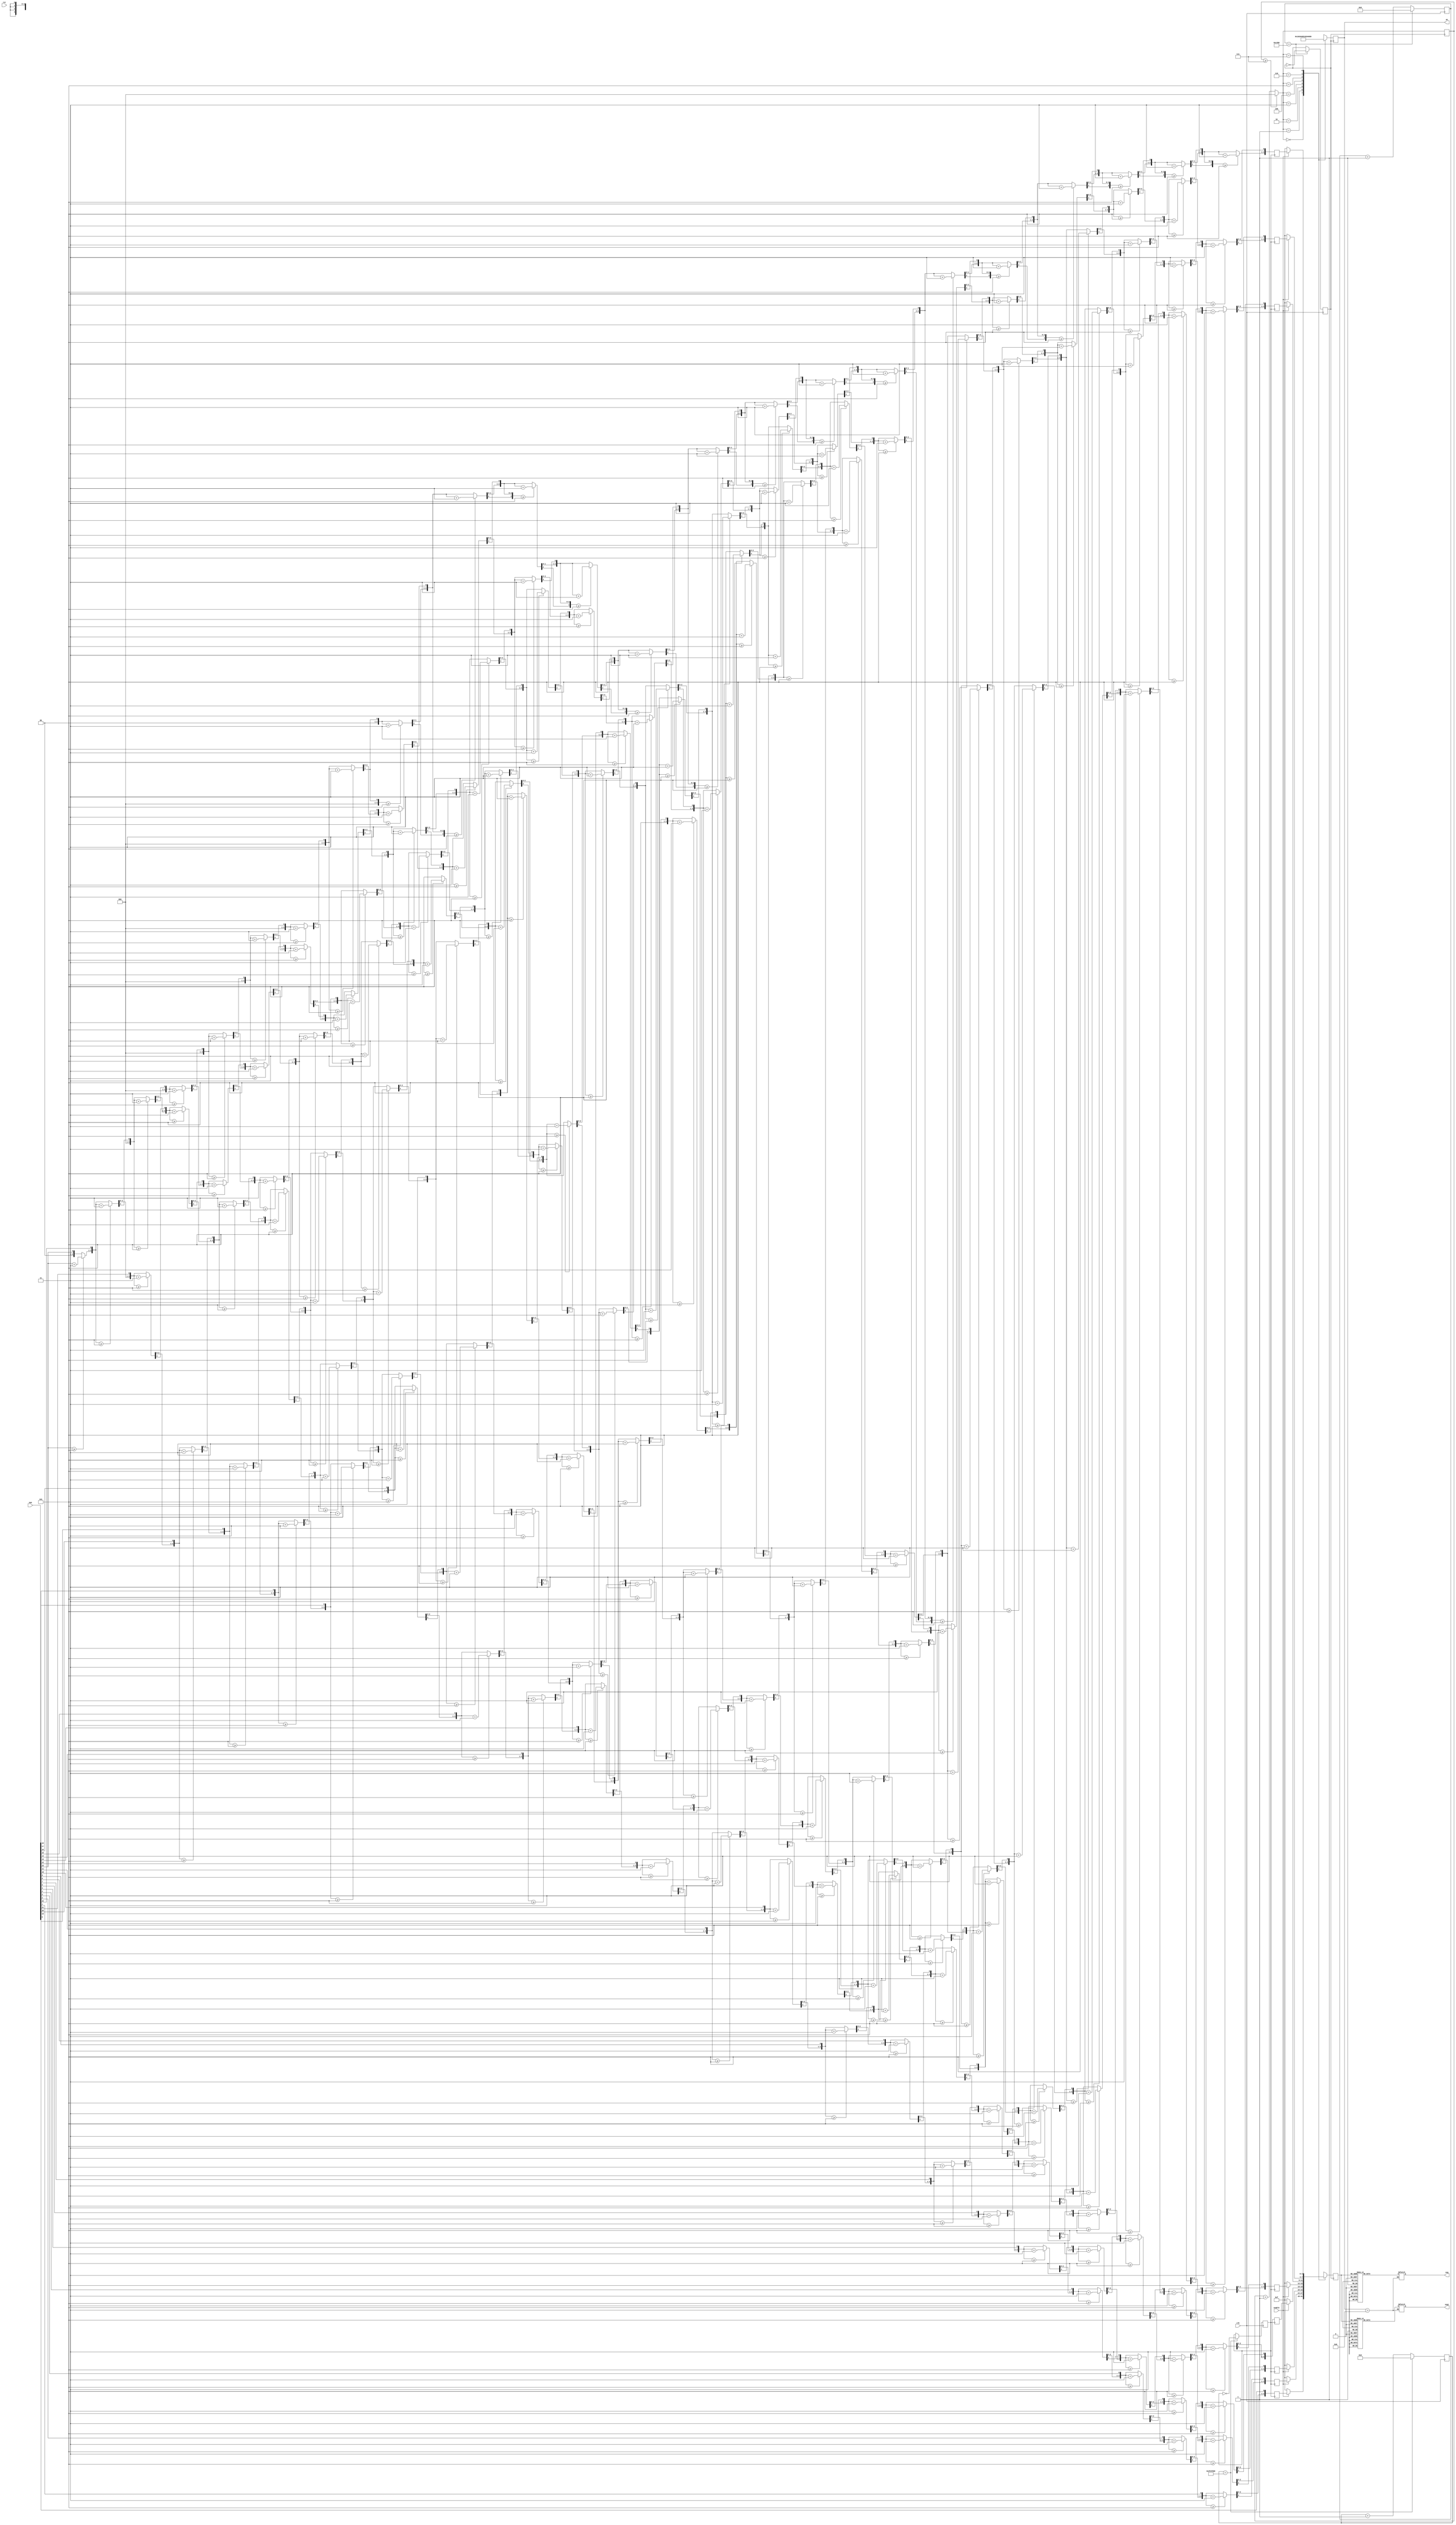
`timescale 1ns/1ps
module segDriver(
    input clk,
    input rst,
    input enable,
    input[23:0] num,
    output reg[7:0] seg,
    output reg[7:0] seg1,
    output reg[7:0] an
);
// driver of the segtube
    parameter maxcnt = 50000;
    reg[29:0] cntclk_cnt = 0;
    reg cntclk = 0;
    parameter maxclk = 30'd50000000;
   
    reg[18:0] divclk_cnt = 0;
    reg divclk = 0;
    reg[3:0] disp_dat = 0;
    reg[2:0] disp_bit = 0;
    reg[3:0] res1 = 0;
    reg[3:0] res2 = 0;
    reg[3:0] res3 = 0;
    reg[3:0] res4 = 0;
    reg[3:0] res5 = 0;
    reg[3:0] res6 = 0;
    reg[3:0] res7 = 0;
    reg[3:0] res8 = 0;
    integer i;
    always @(posedge cntclk) begin
        res1 = 0;
        res2 = 0;
        res3 = 0;
        res4 = 0;
        res5 = 0;
        res6 = 0;
        res7 = 0;
        res8 = 0;
        for (i = 23; i >= 0; i = i - 1) begin
            if (res1 >= 4'd5) res1 = res1 + 4'd3;
            if (res2 >= 4'd5) res2 = res2 + 4'd3;
            if (res3 >= 4'd5) res3 = res3 + 4'd3;
            if (res4 >= 4'd5) res4 = res4 + 4'd3;
            if (res5 >= 4'd5) res5 = res5 + 4'd3;
            if (res6 >= 4'd5) res6 = res6 + 4'd3;
            if (res7 >= 4'd5) res7 = res7 + 4'd3;
            if (res8 >= 4'd5) res8 = res8 + 4'd3;
            res8 = {res8[2:0],res7[3]};
            res7 = {res7[2:0], res6[3]};
            res6 = {res6[2:0], res5[3]};
            res5 = {res5[2:0], res4[3]};
            res4 = {res4[2:0], res3[3]};
            res3 = {res3[2:0], res2[3]};
            res2 = {res2[2:0], res1[3]};
            res1 = {res1[2:0], num[i]};
        end
    end
    
    
    always @(posedge clk) begin
        if (divclk_cnt == maxcnt) begin
            divclk = ~divclk;
            divclk_cnt = 0;
        end
        else divclk_cnt = divclk_cnt + 1'b1;
        if (cntclk_cnt == maxclk) begin
            cntclk = ~cntclk;
            cntclk_cnt = 0;
        end
        else cntclk_cnt = cntclk_cnt + 1'b1;
    end
    
    
    always @(posedge divclk) begin
        disp_bit = (disp_bit >= 7) ? 1'b0 : disp_bit + 1'b1;
        case (disp_bit)
            3'b000: begin
                disp_dat = (enable == 1'b0) ? 4'hf : res1;
                an = 8'b00000001;
            end
            3'b001: begin
                disp_dat = (enable == 1'b0) ? 4'hf : res2;
                an = 8'b00000010;
            end
            3'b010: begin
                disp_dat = (enable == 1'b0) ? 4'hf : res3;
                an = 8'b00000100;
            end
            3'b011: begin
                disp_dat = (enable == 1'b0) ? 4'hf : res4;
                an = 8'b00001000;
            end
            3'b100: begin
                disp_dat = (enable == 1'b0) ? 4'hf : res5;
                an = 8'b00010000;
            end
            3'b101: begin
                disp_dat = (enable == 1'b0) ? 4'hf : res6;
                an = 8'b00100000;
            end
            3'b110: begin
                disp_dat = (enable == 1'b0) ? 4'hf : res7;
                an = 8'b01000000;
            end
            3'b111: begin
                disp_dat = (enable == 1'b0) ? 4'hf : res8;
                an = 8'b10000000;
            end
            default: begin
                disp_dat = 0;
                an = 8'b00000000;
            end
        endcase
    end
    always @(disp_dat) begin
        if (an > 8'b00001000) begin
            case (disp_dat)
                4'h0 : seg = 8'hfc;
                4'h1 : seg = 8'h60;
                4'h2 : seg = 8'hda;
                4'h3 : seg = 8'hf2;
                4'h4 : seg = 8'h66;
                4'h5 : seg = 8'hb6;
                4'h6 : seg = 8'hbe;
                4'h7 : seg = 8'he0;
                4'h8 : seg = 8'hfe;
                4'h9 : seg = 8'hf6;
                4'ha : seg = 8'hee;
                4'hb : seg = 8'h3e;
                4'hc : seg = 8'h9c;
                4'hd : seg = 8'h7a;
                4'he : seg = 8'h9e;
                4'hf : seg = 8'h8e;
            endcase
        end
        else begin
            case (disp_dat)
                4'h0 : seg1 = 8'hfc;
                4'h1 : seg1 = 8'h60;
                4'h2 : seg1 = 8'hda;
                4'h3 : seg1 = 8'hf2;
                4'h4 : seg1 = 8'h66;
                4'h5 : seg1 = 8'hb6;
                4'h6 : seg1 = 8'hbe;
                4'h7 : seg1 = 8'he0;
                4'h8 : seg1 = 8'hfe;
                4'h9 : seg1 = 8'hf6;
                4'ha : seg1 = 8'hee;
                4'hb : seg1 = 8'h3e;
                4'hc : seg1 = 8'h9c;
                4'hd : seg1 = 8'h7a;
                4'he : seg1 = 8'h9e;
                4'hf : seg1 = 8'h8e;
            endcase
        end
    end

endmodule